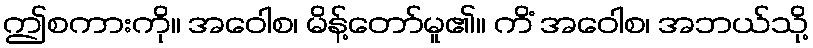
ဤစကားကို။ အဝေါစ၊ မိန့်တော်မူ၏။ ကိံ အဝေါစ၊ အဘယ်သို့